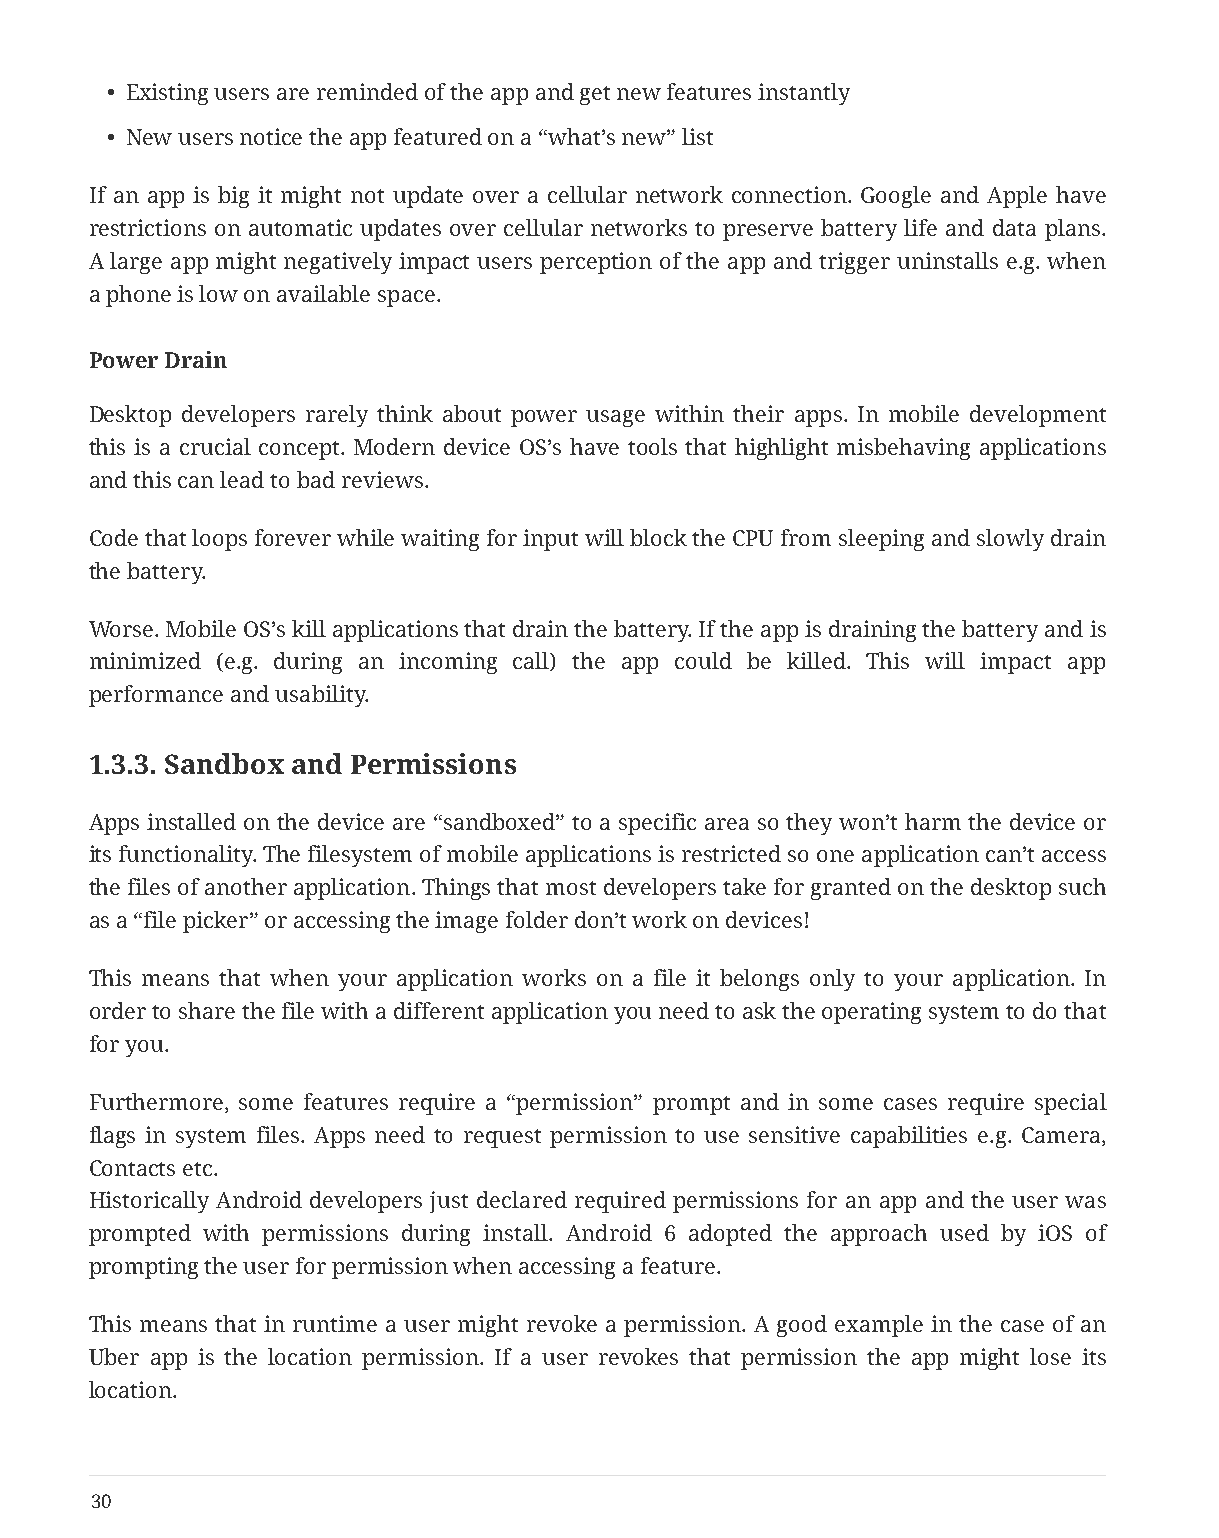
• Existing users are reminded of the app and get new features instantly
 • New users notice the app featured on a “what’s new” list
 If an app is big it might not update over a cellular network connection. Google and Apple have
 restrictions on automatic updates over cellular networks to preserve battery life and data plans.
 A large app might negatively impact users perception of the app and trigger uninstalls e.g. when
 a phone is low on available space.
 Power Drain
 Desktop developers rarely think about power usage within their apps. In mobile development
 this is a crucial concept. Modern device OS’s have tools that highlight misbehaving applications
 and this can lead to bad reviews.
 Code that loops forever while waiting for input will block the CPU from sleeping and slowly drain
 the battery.
 Worse. Mobile OS’s kill applications that drain the battery. If the app is draining the battery and is
 minimized (e.g. during an incoming call) the app could be killed. This will impact app
 performance and usability.
 1.3.3. Sandbox and Permissions
 Apps installed on the device are “sandboxed” to a specific area so they won’t harm the device or
 its functionality. The filesystem of mobile applications is restricted so one application can’t access
 the files of another application. Things that most developers take for granted on the desktop such
 as a “file picker” or accessing the image folder don’t work on devices!
 This means that when your application works on a file it belongs only to your application. In
 order to share the file with a different application you need to ask the operating system to do that
 for you.
 Furthermore, some features require a “permission” prompt and in some cases require special
 flags in system files. Apps need to request permission to use sensitive capabilities e.g. Camera,
 Contacts etc.
 Historically Android developers just declared required permissions for an app and the user was
 prompted with permissions during install. Android 6 adopted the approach used by iOS of
 prompting the user for permission when accessing a feature.
 This means that in runtime a user might revoke a permission. A good example in the case of an
 Uber app is the location permission. If a user revokes that permission the app might lose its
 location.
 30